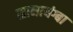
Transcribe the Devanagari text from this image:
सानायंग्बा